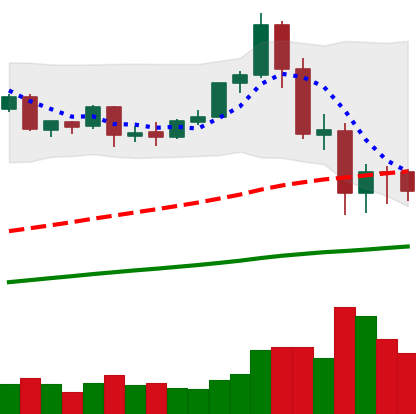
Ticker: ETH-USD
Chart end date: 2020-09-08
Forward return: 8.284%
Label: up_7plus